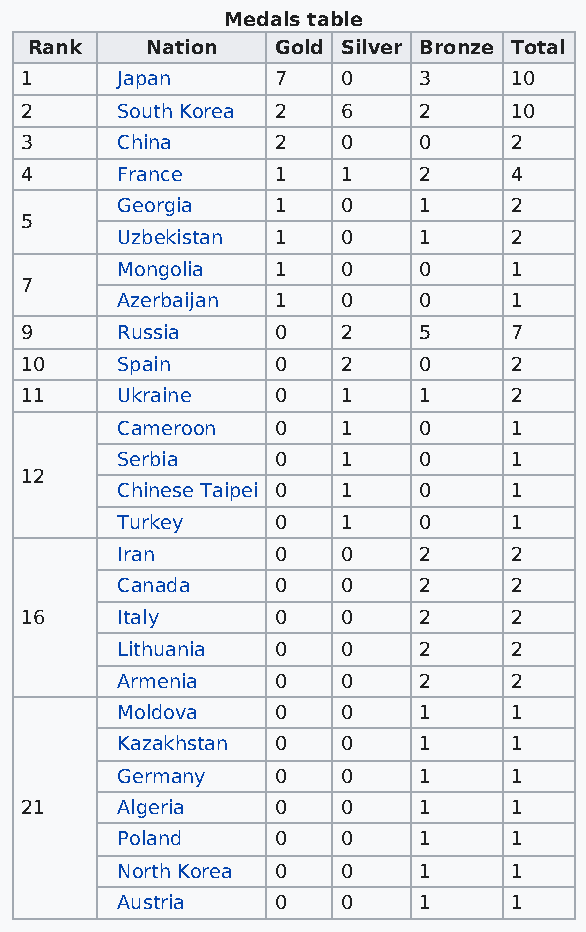
Medals table
 Rank    Nation  Gold Silver Bronze Total
 1      Japan     7    0    3     10
 2      South Korea 2  6    2     10
 3      China     2    0    0     2
 4      France    1    1    2     4
 Georgia   1    0    1     2
 5
 Uzbekistan 1   0    1     2
 Mongolia  1    0    0     1
 7
 Azerbaijan 1   0    0     1
 9      Russia    0    2    5     7
 10     Spain     0    2    0     2
 11     Ukraine   0    1    1     2
 Cameroon  0    1    0     1
 Serbia    0    1    0     1
 12
 Chinese Taipei 0 1  0     1
 Turkey    0    1    0     1
 Iran      0    0    2     2
 Canada    0    0    2     2
 16     Italy     0    0    2     2
 Lithuania 0    0    2     2
 Armenia   0    0    2     2
 Moldova   0    0    1     1
 Kazakhstan 0   0    1     1
 Germany   0    0    1     1
 21     Algeria   0    0    1     1
 Poland    0    0    1     1
 North Korea 0  0    1     1
 Austria   0    0    1     1